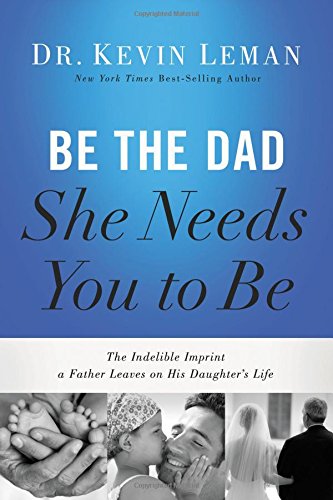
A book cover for Be the Dad She Needs You to Be: The Indelible Imprint a Father Leaves on His Daughter's Life; Kevin Leman; Parenting & Relationships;